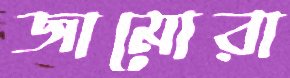
জামোরা